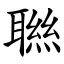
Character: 聮